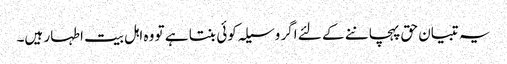
یہ تبیان حق پہچاننے کے لئے اگر وسیلہ کوئی بنتا ہے تو وہ اہل بیت اطہار ہیں۔